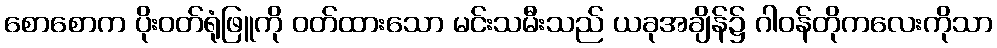
စောစောက ပိုးဝတ်ရုံဖြူကို ဝတ်ထားသော မင်းသမီးသည် ယခုအချိန်၌ ဂါဝန်တိုကလေးကိုသာ